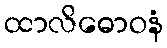
ထာလိဓောဝနံ